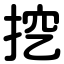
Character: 挖